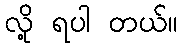
လို့ ရပါ တယ်။